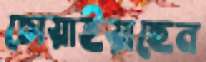
চোয়াইয়াছেন